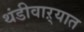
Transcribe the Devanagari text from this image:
थंडीवाऱ्यात